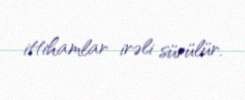
ittihamlar irəli sürülür.